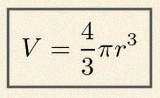
V=\frac43\pi r^3